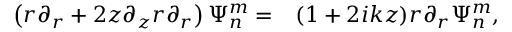
\begin{array} { r l } { \left( r \partial _ { r } + 2 z \partial _ { z } r \partial _ { r } \right) \Psi _ { n } ^ { m } = } & { { } ( 1 + 2 i k z ) r \partial _ { r } \Psi _ { n } ^ { m } , } \end{array}